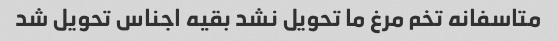
متاسفانه تخم مرغ ما تحویل نشد بقیه اجناس تحویل شد